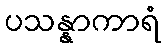
ပသန္နာကာရံ